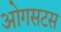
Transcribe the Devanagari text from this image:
ओगसटस